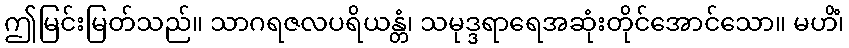
ဤမြင်းမြတ်သည်။ သာဂရဇလပရိယန္တံ၊ သမုဒ္ဒရာရေအဆုံးတိုင်အောင်သော။ မဟိံ၊